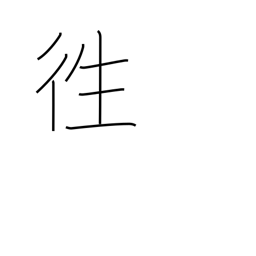
Meaning: chase away